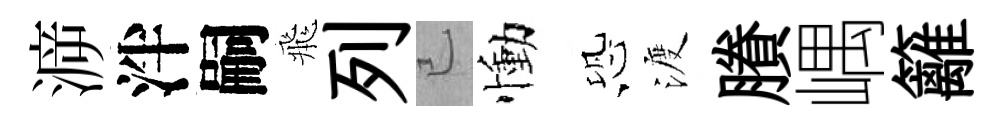
㴑泮嗣飛列已慟恐渡賸嵎籬